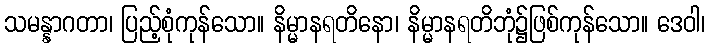
သမန္နာဂတာ၊ ပြည့်စုံကုန်သော။ နိမ္မာနရတိနော၊ နိမ္မာနရတိဘုံ၌ဖြစ်ကုန်သော။ ဒေဝါ၊